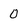
Character: 0